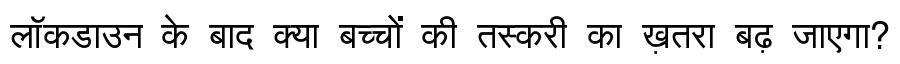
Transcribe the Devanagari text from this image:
लॉकडाउन के बाद क्या बच्चों की तस्करी का ख़तरा बढ़ जाएगा?